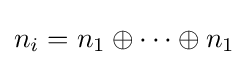
n_{i}=n_{1}\oplus \cdots \oplus n_{1}